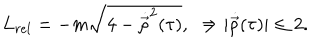
L _ { r e l } = - m \sqrt { 4 - \dot { \vec { \rho } } ^ { 2 } ( \tau ) } , \, \, \, \Rightarrow | { \dot { \vec { \rho } } } ( \tau ) | \leq 2 .